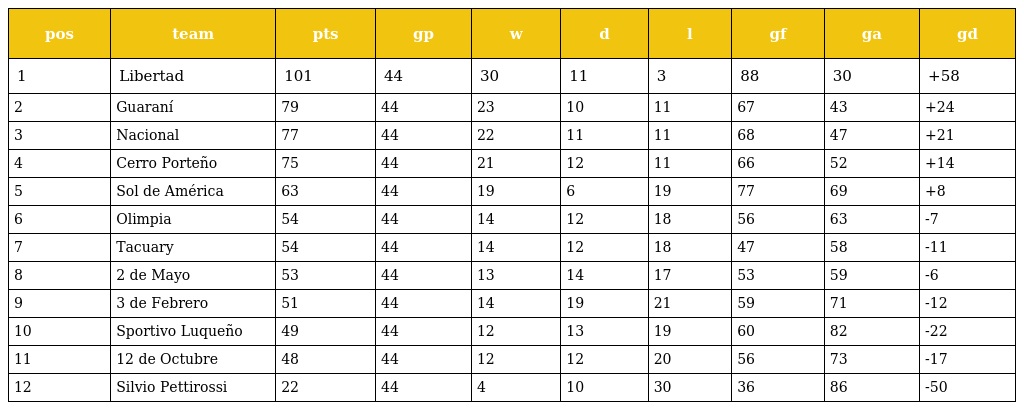
| pos | team | pts | gp | w | d | l | gf | ga | gd |
 | --- | --- | --- | --- | --- | --- | --- | --- | --- | --- |
 | 1 | Libertad | 101 | 44 | 30 | 11 | 3 | 88 | 30 | +58 |
 | 2 | Guaraní | 79 | 44 | 23 | 10 | 11 | 67 | 43 | +24 |
 | 3 | Nacional | 77 | 44 | 22 | 11 | 11 | 68 | 47 | +21 |
 | 4 | Cerro Porteño | 75 | 44 | 21 | 12 | 11 | 66 | 52 | +14 |
 | 5 | Sol de América | 63 | 44 | 19 | 6 | 19 | 77 | 69 | +8 |
 | 6 | Olimpia | 54 | 44 | 14 | 12 | 18 | 56 | 63 | -7 |
 | 7 | Tacuary | 54 | 44 | 14 | 12 | 18 | 47 | 58 | -11 |
 | 8 | 2 de Mayo | 53 | 44 | 13 | 14 | 17 | 53 | 59 | -6 |
 | 9 | 3 de Febrero | 51 | 44 | 14 | 19 | 21 | 59 | 71 | -12 |
 | 10 | Sportivo Luqueño | 49 | 44 | 12 | 13 | 19 | 60 | 82 | -22 |
 | 11 | 12 de Octubre | 48 | 44 | 12 | 12 | 20 | 56 | 73 | -17 |
 | 12 | Silvio Pettirossi | 22 | 44 | 4 | 10 | 30 | 36 | 86 | -50 |